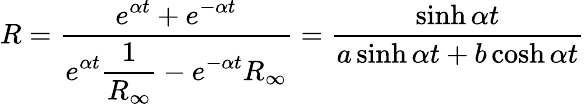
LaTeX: R=\frac{\displaystyle e^{\alpha t}+e^{-\alpha t}}{\displaystyle e^{\alpha t}\frac{1}{R_{\infty}}-e^{-\alpha t}R_{\infty}}=\frac{\sinh{\alpha t}}{a\sinh{\alpha t}+b\cosh{\alpha t}}